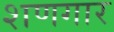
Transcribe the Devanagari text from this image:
शणगार